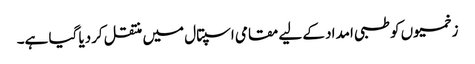
زخمیوں کو طبی امداد کے لیے مقامی اسپتال میں منتقل کردیا گیا ہے۔